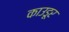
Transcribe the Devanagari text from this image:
काउडूर